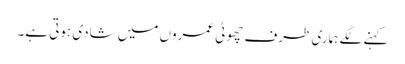
کہنے لگے ہماری طرف چھوٹی عمروں میں شادی ہوتی ہے۔